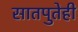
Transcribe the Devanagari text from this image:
सातपुतेही